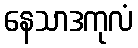
နေသာဒကုလံ